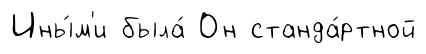
Ины́м'и была́ Он станда́ртной